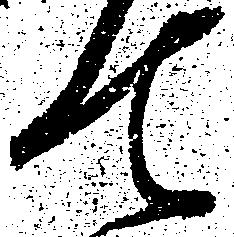
て